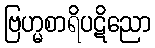
ဗြဟ္မစာရိပဋိညော